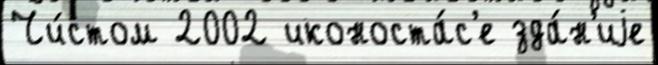
Чи́стом 2002 иконоста́с'е зда́н'иjе